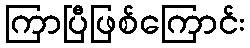
ကြာပြီဖြစ်ကြောင်း